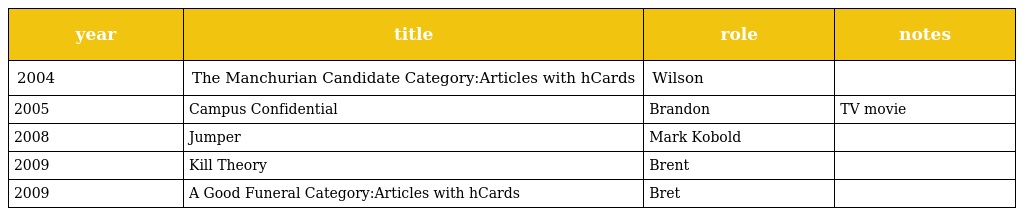
| year | title | role | notes |
 | --- | --- | --- | --- |
 | 2004 | The Manchurian Candidate Category:Articles with hCards | Wilson |  |
 | 2005 | Campus Confidential | Brandon | TV movie |
 | 2008 | Jumper | Mark Kobold |  |
 | 2009 | Kill Theory | Brent |  |
 | 2009 | A Good Funeral Category:Articles with hCards | Bret |  |